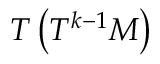
T \left( T ^ { k - 1 } M \right)